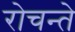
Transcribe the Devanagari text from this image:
रोचन्ते